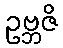
ဥဗ္ဘဇိ